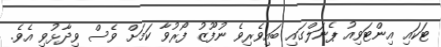
ޓަކައި އިންޓަވިއު ޕެނަލްގައި ބައިވެރިވެ ނުފޫޒު ފޯރުވާ ކަމަށް ވެސް ވިދާޅުވި އެވެ.